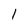
Character: 1